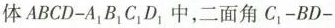
体ABCD-A_{1}B_{1}_{1}D_{1}中，二面角C_{1}-BD-